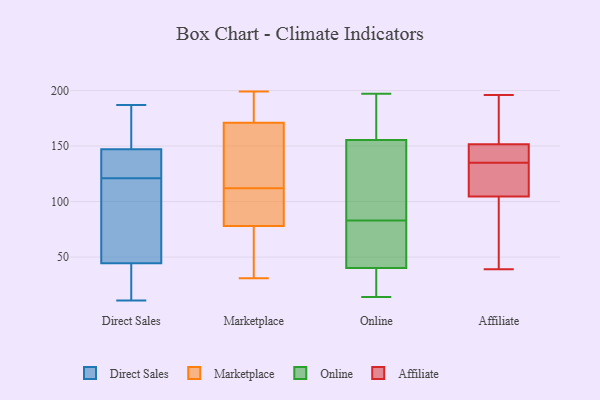
{"axis": {"x": "Headcount", "y": "Value"}, "legend": ["Affiliate", "Direct Sales", "Marketplace", "Online"], "data": [{"x": "", "y": 135, "type": "Direct Sales"}, {"x": "", "y": 143, "type": "Direct Sales"}, {"x": "", "y": 149, "type": "Direct Sales"}, {"x": "", "y": 36, "type": "Direct Sales"}, {"x": "", "y": 145, "type": "Direct Sales"}, {"x": "", "y": 166, "type": "Direct Sales"}, {"x": "", "y": 11, "type": "Direct Sales"}, {"x": "", "y": 151, "type": "Direct Sales"}, {"x": "", "y": 11, "type": "Direct Sales"}, {"x": "", "y": 144, "type": "Direct Sales"}, {"x": "", "y": 65, "type": "Direct Sales"}, {"x": "", "y": 53, "type": "Direct Sales"}, {"x": "", "y": 25, "type": "Direct Sales"}, {"x": "", "y": 107, "type": "Direct Sales"}, {"x": "", "y": 107, "type": "Direct Sales"}, {"x": "", "y": 187, "type": "Direct Sales"}, {"x": "", "y": 171, "type": "Marketplace"}, {"x": "", "y": 105, "type": "Marketplace"}, {"x": "", "y": 181, "type": "Marketplace"}, {"x": "", "y": 63, "type": "Marketplace"}, {"x": "", "y": 117, "type": "Marketplace"}, {"x": "", "y": 31, "type": "Marketplace"}, {"x": "", "y": 107, "type": "Marketplace"}, {"x": "", "y": 85, "type": "Marketplace"}, {"x": "", "y": 141, "type": "Marketplace"}, {"x": "", "y": 178, "type": "Marketplace"}, {"x": "", "y": 155, "type": "Marketplace"}, {"x": "", "y": 65, "type": "Marketplace"}, {"x": "", "y": 78, "type": "Marketplace"}, {"x": "", "y": 199, "type": "Marketplace"}, {"x": "", "y": 83, "type": "Online"}, {"x": "", "y": 41, "type": "Online"}, {"x": "", "y": 154, "type": "Online"}, {"x": "", "y": 143, "type": "Online"}, {"x": "", "y": 56, "type": "Online"}, {"x": "", "y": 193, "type": "Online"}, {"x": "", "y": 135, "type": "Online"}, {"x": "", "y": 16, "type": "Online"}, {"x": "", "y": 138, "type": "Online"}, {"x": "", "y": 42, "type": "Online"}, {"x": "", "y": 160, "type": "Online"}, {"x": "", "y": 38, "type": "Online"}, {"x": "", "y": 18, "type": "Online"}, {"x": "", "y": 56, "type": "Online"}, {"x": "", "y": 14, "type": "Online"}, {"x": "", "y": 195, "type": "Online"}, {"x": "", "y": 197, "type": "Online"}, {"x": "", "y": 104, "type": "Affiliate"}, {"x": "", "y": 50, "type": "Affiliate"}, {"x": "", "y": 142, "type": "Affiliate"}, {"x": "", "y": 148, "type": "Affiliate"}, {"x": "", "y": 128, "type": "Affiliate"}, {"x": "", "y": 196, "type": "Affiliate"}, {"x": "", "y": 123, "type": "Affiliate"}, {"x": "", "y": 147, "type": "Affiliate"}, {"x": "", "y": 174, "type": "Affiliate"}, {"x": "", "y": 39, "type": "Affiliate"}, {"x": "", "y": 105, "type": "Affiliate"}, {"x": "", "y": 155, "type": "Affiliate"}]}